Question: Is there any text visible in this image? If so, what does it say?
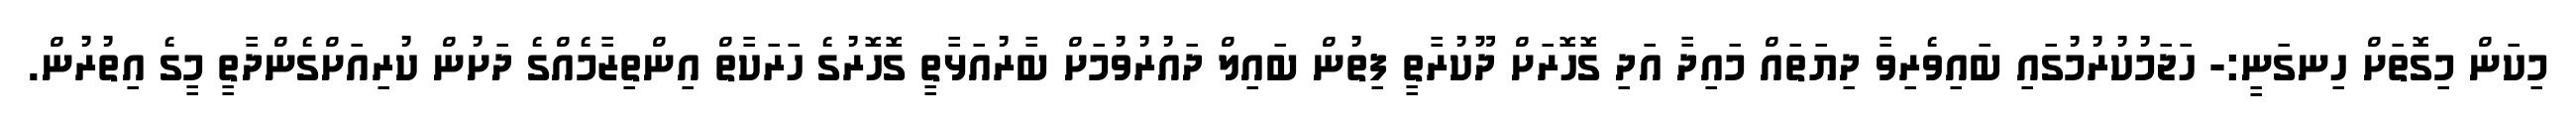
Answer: މިކަން މިގޮތަށް ހިނގަނީ:- ހަޖަމުކުރުމުގައި ބައިވެރިވާ ދިޔަތައް މައިދާ އަދި ގޮހޮރަށް ދޫކުރާތީ ފިތުން ބައިލް ދައުރުވުމަށް ބާރުއަޅާތީ ގޮހޮރުގެ ހަރަކާތް އިންތިޒާމެއްގެ ދަށުން ކުރިއަށްގެންދާތީ މީގެ އިތުރުން.